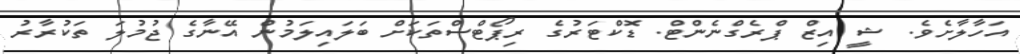
އަހާލާށެވެ. ޝީ އިޒް ޕްރެގްނެންޓް. ޑޮކްޓަރުގެ ރިޕޯޓްސްތަކަށް ބަލައިލަމުން އޭނާގެ ޖުމުލަ ތަކުރާރު